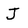
Character: J